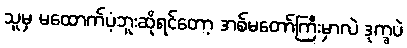
သူမှ မထောက်ပံ့ဘူးဆိုရင်တော့ အစ်မတော်ကြီးမှာလဲ ဒုက္ခပဲ